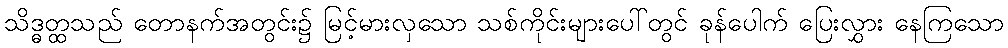
သိဒ္ဓတ္ထသည် တောနက်အတွင်း၌ မြင့်မားလှသော သစ်ကိုင်းများပေါ်တွင် ခုန်ပေါက် ပြေးလွှား နေကြသော